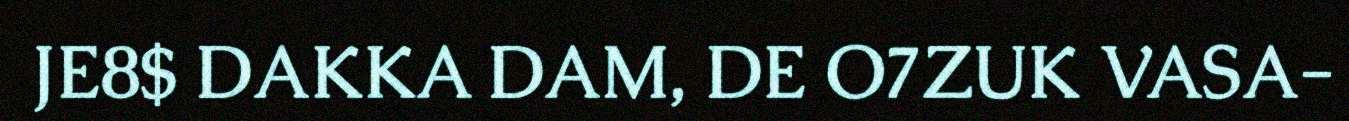
JE8$ DAKKA DAM, DE O7ZUK VASA-